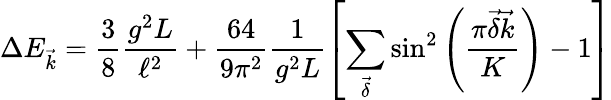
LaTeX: \Delta E_{\vec{k}}=\frac{3}{8}\frac{g^{2}L}{\ell^{2}}+\frac{64}{9\pi^{2}}\frac{1}{g^{2}L}\left[\sum_{\vec{\delta}}\sin^{2}\left(\frac{\pi\vec{\delta}\vec{k}}{K}\right)-1\right]